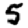
Digit: 5